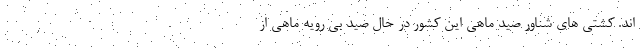
اند. کشتی های شناور صید ماهی این کشور در حال صید بی رویه ماهی از